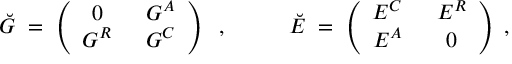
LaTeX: \breve { G } \; = \; \left( \begin{array} { c c } { { 0 \; } } & { { \; G ^ { A } } } \\ { { G ^ { R } \; } } & { { \; G ^ { C } } } \end{array} \right) \; \; , \; \; \; \; \; \; \; \; \; \; \breve { { \cal E } } \; = \; \left( \begin{array} { c c } { { { \cal E } ^ { C } \; } } & { { \; { \cal E } ^ { R } } } \\ { { { \cal E } ^ { A } \; } } & { { \; 0 } } \end{array} \right) \; ,